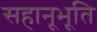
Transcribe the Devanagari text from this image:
सहानूभूति